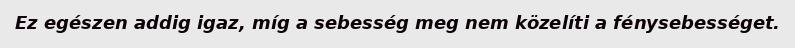
Ez egészen addig igaz, míg a sebesség meg nem közelíti a fénysebességet.